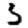
Digit: 3